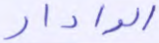
الرادار